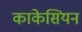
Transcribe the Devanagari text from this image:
काकेसियन